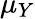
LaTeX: \mu_{Y}